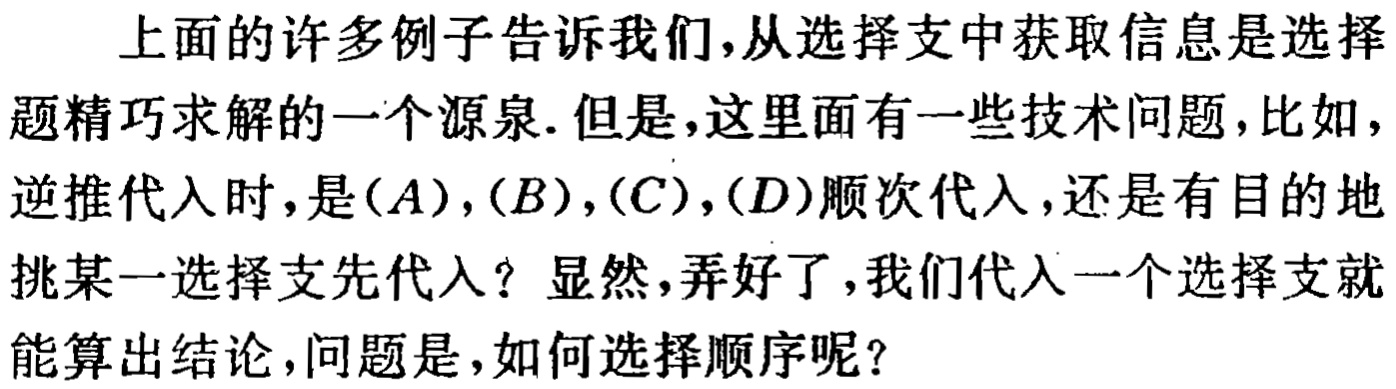
上面的许多例子告诉我们,从选择支中获取信息是选择题精巧求解的一个源泉.但是,这里面有一些技术问题,比如,逆推代入时,是$(A),(B),(C),(D)$顺次代入,还是有目的地挑某一选择支先代入？显然,弄好了,我们代入一个选择支就能算出结论,问题是,如何选择顺序呢？